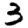
Digit: 3